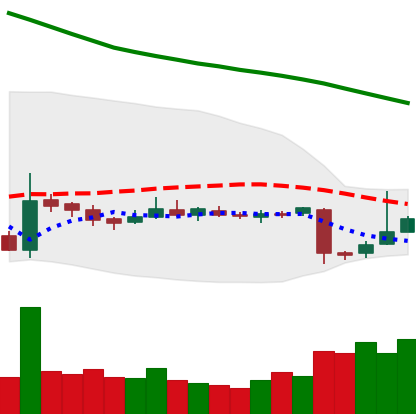
Ticker: EOS-USD
Chart end date: 2018-11-02
Forward return: 5.49%
Label: up_5_7